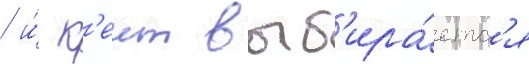
/ и́ к'еит выб'ира́етс'я